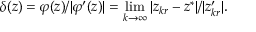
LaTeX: \delta ( z ) = \varphi ( z ) / | \varphi ^ { \prime } ( z ) | = \operatorname* { l i m } _ { k \to \infty } | z _ { k r } - z ^ { * } | / | z _ { k r } ^ { \prime } | .